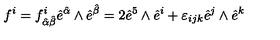
f ^ { i } = f _ { { \hat { \alpha } } { \hat { \beta } } } ^ { i } { \hat { e } } ^ { \hat { \alpha } } \wedge { \hat { e } } ^ { \hat { \beta } } = 2 { \hat { e } } ^ { 5 } \wedge { \hat { e } } ^ { i } + \varepsilon _ { i j k } { \hat { e } } ^ { j } \wedge { \hat { e } } ^ { k }